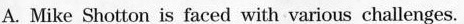
A. Mike Shotton is faced with various challenges.